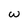
Character: w